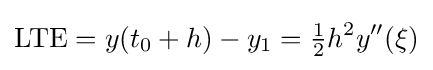
\mathrm {LTE} =y(t_{0}+h)-y_{1}={\tfrac {1}{2}}h^{2}y''(\xi )